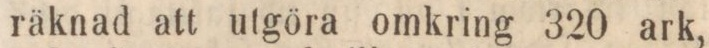
räknad att utgöra omkring 320 ark,